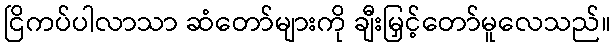
ငြိကပ်ပါလာသာ ဆံတော်များကို ချီးမြှင့်တော်မူလေသည်။